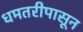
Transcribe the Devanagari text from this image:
धमतरीपासून